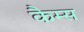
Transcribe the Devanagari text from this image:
कैम्स